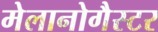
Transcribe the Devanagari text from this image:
मेलानोगैस्टर